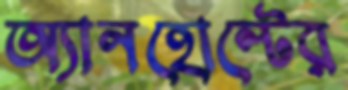
অ্যানহোল্টের